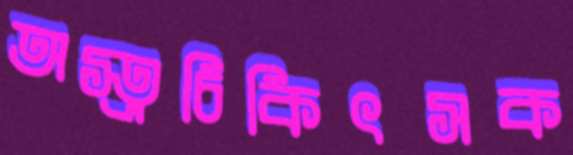
অস্ত্রচিকিৎসক